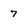
Character: 7